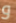
و